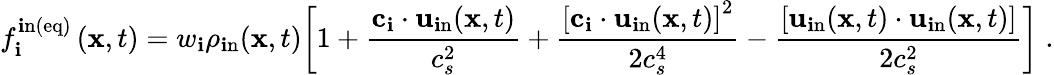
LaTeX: f_{\mathbf{i}}^{\mathrm{{\mathbf{i}n(eq)}}}\left(\textbf{{x}},t\right)=w_{\mathbf{i}}\rho_{\mathrm{{\mathbf{i}n}}}(\textbf{{x}},t)\bigg[1+\frac{{\textbf{{c}}_{\mathbf{i}}\cdot\mathbf{{u}}_{\mathrm{{\mathbf{i}n}}}(\mathbf{{x}},t)}}{{c_{s}^{2}}}+\frac{{\left[\textbf{{c}}_{\mathbf{i}}\cdot\mathbf{{u}}_{\mathrm{{\mathbf{i}n}}}(\mathbf{{x}},t)\right]^{2}}}{{2c_{s}^{4}}}-\frac{{\left[\mathbf{{u}}_{\mathrm{{\mathbf{i}n}}}(\mathbf{{x}},t)\cdot\mathbf{{u}}_{\mathrm{{\mathbf{i}n}}}(\mathbf{{x}},t)\right]}}{{2c_{s}^{2}}}\bigg]\; .